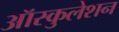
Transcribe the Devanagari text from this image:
ऑस्कुलेशन